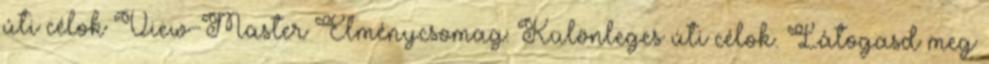
úti célok View-Master Élménycsomag: Különleges úti célok. Látogasd meg